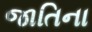
જાતિના